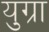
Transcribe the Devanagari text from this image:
युग्रा